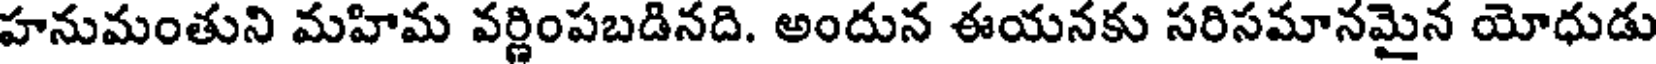
హనుమంతుని మహిమ వర్ణింపబడినది. అందున ఈయనకు సరిసమానమైన యోధుడు